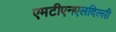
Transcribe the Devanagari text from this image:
एमटीएनएलदिल्ली